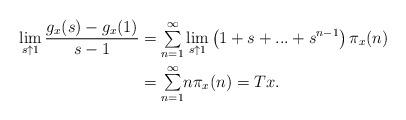
LaTeX: \begin{align*}\lim\limits_{s\uparrow1}\dfrac{g_{x}(s)-g_{x}(1)}{s-1} & ={\textstyle\sum\limits_{n=1}^{\infty}}\lim\limits_{s\uparrow1}\left( 1+s+...+s^{n-1}\right) \pi_{x}(n)\\& ={\textstyle\sum\limits_{n=1}^{\infty}}n\pi_{x}(n)=Tx.\end{align*}